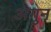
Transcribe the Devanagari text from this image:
अगुन